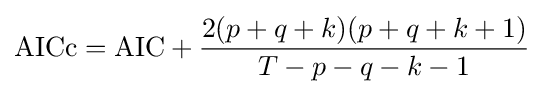
{\text{AICc}}={\text{AIC}}+{\frac {2(p+q+k)(p+q+k+1)}{T-p-q-k-1}}